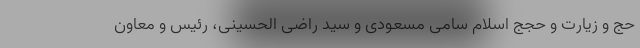
حج و زیارت و حجج اسلام سامی مسعودی و سید راضی الحسینی، رئیس و معاون